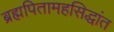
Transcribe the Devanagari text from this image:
ब्रह्मपितामहसिद्धांत